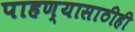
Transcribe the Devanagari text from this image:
पाहण्यासाठीही